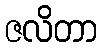
ဇလိတာ